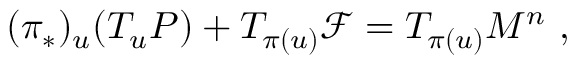
( \pi _ { * } ) _ { u } ( T _ { u } P ) + T _ { \pi ( u ) } { \mathcal F } = T _ { \pi ( u ) } M ^ { n } \ ,